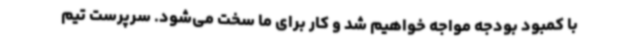
با کمبود بودجه مواجه خواهیم شد و کار برای ما سخت می‌شود. سرپرست تیم